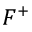
F ^ { + }